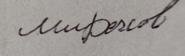
Signature authenticity: forged